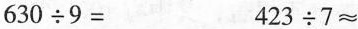
$$6 3 0 \div 9 =$$$$4 2 3 \div 7 \approx$$